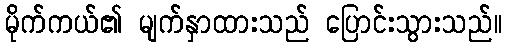
မိုက်ကယ်၏ မျက်နှာထားသည် ပြောင်းသွားသည်။